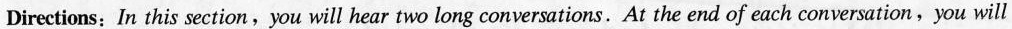
Directions: In this section,you will hear two long conversations.At the end of each conversation,you will